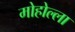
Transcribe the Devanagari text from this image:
मोहोल्ला